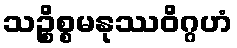
သဉ္စိစ္စမနုဿဝိဂ္ဂဟံ